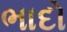
ભાદો